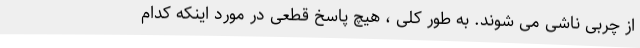
از چربی ناشی می شوند. به طور کلی ، هیچ پاسخ قطعی در مورد اینکه کدام